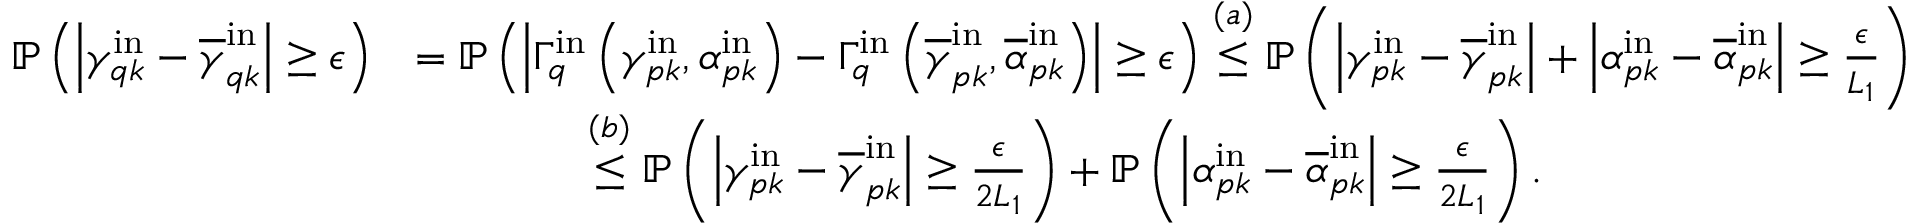
\begin{array} { r l } { \mathbb { P } \left( \left| \gamma _ { q k } ^ { \mathrm { i n } } - \overline { { \gamma } } _ { q k } ^ { \mathrm { i n } } \right| \geq \epsilon \right) } & { = \mathbb { P } \left( \left| \Gamma _ { q } ^ { \mathrm { i n } } \left( \gamma _ { p k } ^ { \mathrm { i n } } , \alpha _ { p k } ^ { \mathrm { i n } } \right) - \Gamma _ { q } ^ { \mathrm { i n } } \left( \overline { { \gamma } } _ { p k } ^ { \mathrm { i n } } , \overline { { \alpha } } _ { p k } ^ { \mathrm { i n } } \right) \right| \geq \epsilon \right) \stackrel { ( a ) } { \leq } \mathbb { P } \left( \left| \gamma _ { p k } ^ { \mathrm { i n } } - \overline { { \gamma } } _ { p k } ^ { \mathrm { i n } } \right| + \left| \alpha _ { p k } ^ { \mathrm { i n } } - \overline { { \alpha } } _ { p k } ^ { \mathrm { i n } } \right| \geq \frac { \epsilon } { L _ { 1 } } \right) } \\ & { \qquad \qquad \stackrel { ( b ) } { \leq } \mathbb { P } \left( \left| \gamma _ { p k } ^ { \mathrm { i n } } - \overline { { \gamma } } _ { p k } ^ { \mathrm { i n } } \right| \geq \frac { \epsilon } { 2 L _ { 1 } } \right) + \mathbb { P } \left( \left| \alpha _ { p k } ^ { \mathrm { i n } } - \overline { { \alpha } } _ { p k } ^ { \mathrm { i n } } \right| \geq \frac { \epsilon } { 2 L _ { 1 } } \right) . } \end{array}